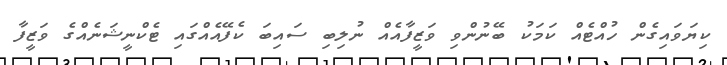
ކިޔަވައިގެން ހުއްޓެއް ކަމަކު ބޭނުންވި ވަޒީފާއެއް ނުލިބި ސައިބަ ކެފޭއެއްގައި ޓެކްނީޝަނެއްގެ ވަޒީފާ